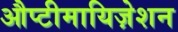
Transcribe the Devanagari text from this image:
औप्टीमायिज़ेशन